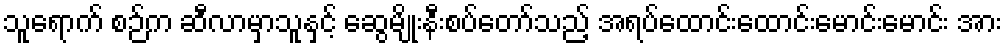
သူရောက် စဉ်က ဆီလာမှာသူနှင့် ဆွေမျိုးနီးစပ်တော်သည့် အရပ်ထောင်းထောင်းမောင်းမောင်း အား